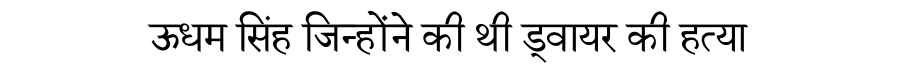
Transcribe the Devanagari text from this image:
ऊधम सिंह जिन्होंने की थी ड्वायर की हत्या